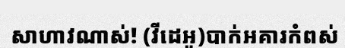
សាហាវណាស់! (វីដេអូ)បាក់អគារកំពស់